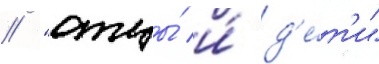
/ "отцы́ и́ д'е́т'и"